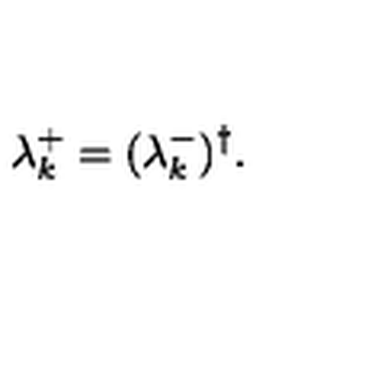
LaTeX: \lambda _ { k } ^ { + } = ( \lambda _ { k } ^ { - } ) ^ { \dag } .